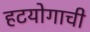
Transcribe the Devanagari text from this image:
हटयोगाची